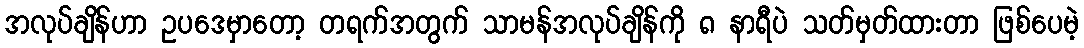
အလုပ်ချိန်ဟာ ဥပဒေမှာတော့ တရက်အတွက် သာမန်အလုပ်ချိန်ကို ၈ နာရီပဲ သတ်မှတ်ထားတာ ဖြစ်ပေမဲ့